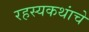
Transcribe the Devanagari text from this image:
रहस्यकथांचे